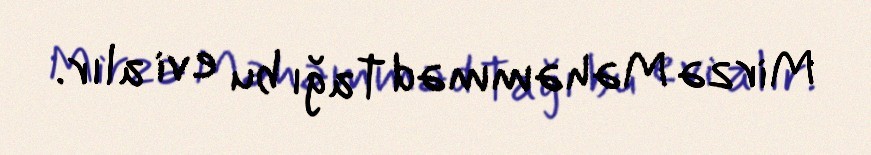
Mirzə Məhəmməd Tağı bu evi alır.